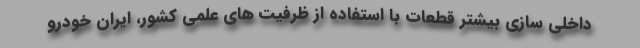
داخلی سازی بیشتر قطعات با استفاده از ظرفیت های علمی کشور، ایران خودرو